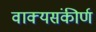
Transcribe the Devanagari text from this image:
वाक्यसंकीर्ण